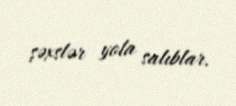
şəxslər yola salıblar.